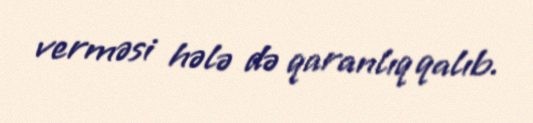
verməsi hələ də qaranlıq qalıb.